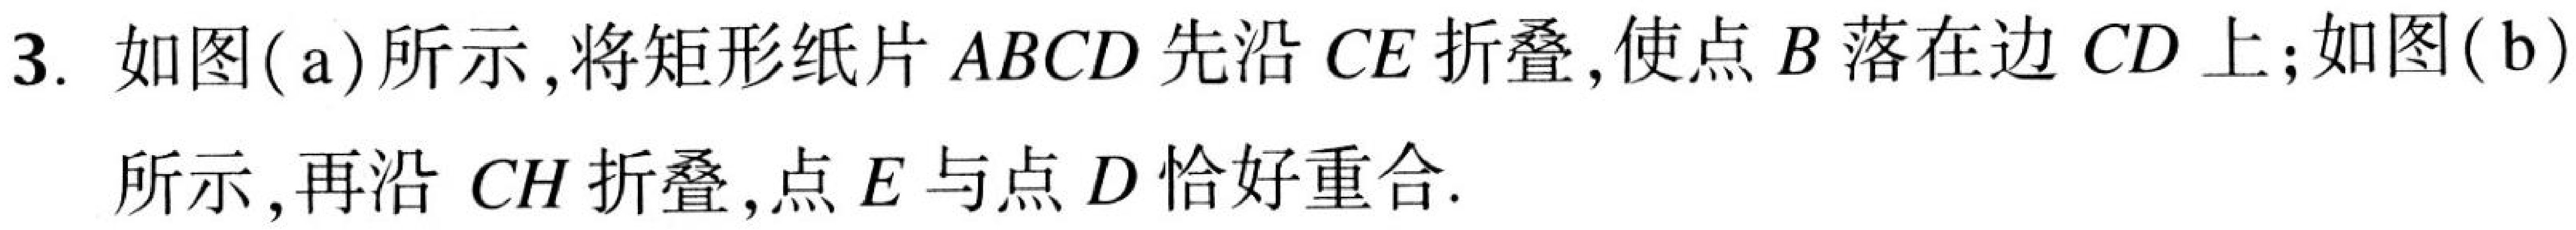
3. 如图(a)所示，将矩形纸片\(ABCD\)先沿\(CE\)折叠,使点\(B\)落在边\(CD\)上;如图(b)所示，再沿\(CH\)折叠,点\(E\)与点\(D\)恰好重合.